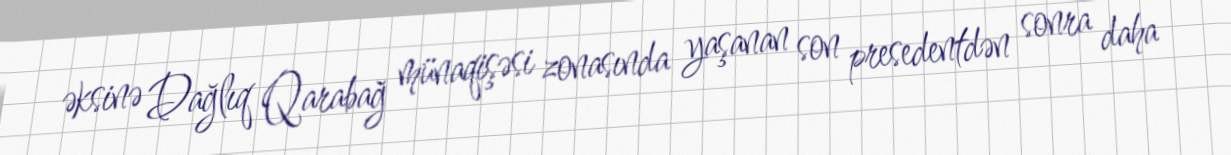
əksinə Dağlıq Qarabağ münaqişəsi zonasında yaşanan son presedentdən sonra daha